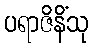
ပရာဇိနိံသု